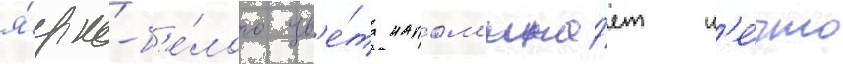
я́рко-б'е́лого цв'е́та напом'ина́ет н'е́что